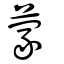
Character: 蒙